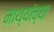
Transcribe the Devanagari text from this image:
माथ्यांच्या